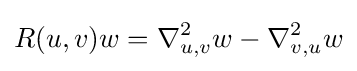
R(u,v)w=\nabla _{u,v}^{2}w-\nabla _{v,u}^{2}w